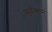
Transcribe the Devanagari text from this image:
सुईकाम